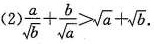
(2)$$\frac{a}{\sqrt{b}}+ \frac{b}{\sqrt{a}}> \sqrt{a}+ \sqrt{b}$$.